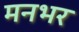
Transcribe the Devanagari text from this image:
मनभर